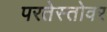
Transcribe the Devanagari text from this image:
परतेस्तोवर